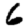
Digit: 6